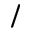
\slash